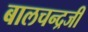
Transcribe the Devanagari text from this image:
बालचन्द्रजी